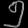
Digit: ၅